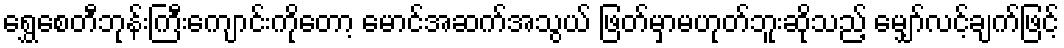
ရွှေစေတီဘုန်းကြီးကျောင်းကိုတော့ မောင်အဆက်အသွယ် ဖြတ်မှာမဟုတ်ဘူးဆိုသည့် မျှော်လင့်ချက်ဖြင့်